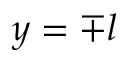
y = \mp l